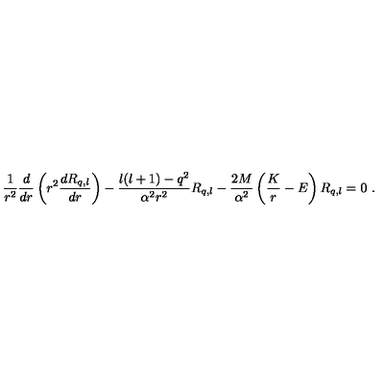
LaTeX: \frac 1 { r ^ { 2 } } \frac d { d r } \left( r ^ { 2 } \frac { d R _ { q , l } } { d r } \right) - \frac { l ( l + 1 ) - q ^ { 2 } } { \alpha ^ { 2 } r ^ { 2 } } R _ { q , l } - \frac { 2 M } { \alpha ^ { 2 } } \left( \frac K r - E \right) R _ { q , l } = 0 \ .